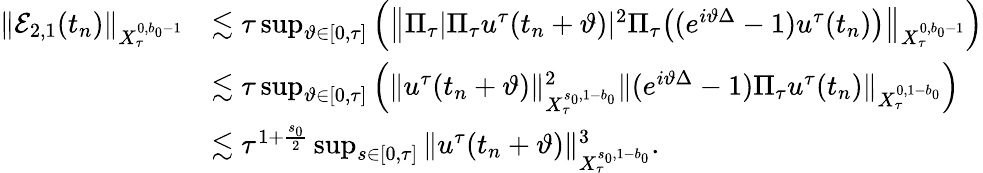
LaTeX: \begin{array}{rl}{\Vert\mathcal{E}_{2,1}(t_{n})\Vert_{X_{\tau}^{0,b_{0}-1}}}&{\lesssim\tau\operatorname*{sup}_{\vartheta\in[0,\tau]}\Big(\left\Vert\Pi_{\tau}|\Pi_{\tau}u^{\tau}(t_{n}+\vartheta)|^{2}\Pi_{\tau}\big((e^{i\vartheta\Delta}-1)u^{\tau}(t_{n})\big)\right\Vert_{X_{\tau}^{0,b_{0}-1}}\Big)}\\ &{\lesssim\tau\operatorname*{sup}_{\vartheta\in[0,\tau]}\Big(\Vert u^{\tau}(t_{n}+\vartheta)\Vert_{X_{\tau}^{s_{0},1-b_{0}}}^{2}\Vert(e^{i\vartheta\Delta}-1)\Pi_{\tau}u^{\tau}(t_{n})\Vert_{X_{\tau}^{0,1-b_{0}}}\Big)}\\ &{\lesssim\tau^{1+\frac{s_{0}}{2}}\operatorname*{sup}_{s\in[0,\tau]}\Vert u^{\tau}(t_{n}+\vartheta)\Vert_{X_{\tau}^{s_{0},1-b_{0}}}^{3}.}\end{array}